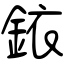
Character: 銥